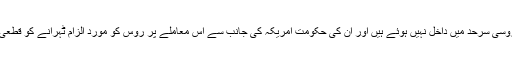
روسی وزیرِ خارجہ نے کہا کہ ایڈورڈ سنوڈن روسی سرحد میں داخل نہیں ہوئے ہیں اور ان کی حکومت امریکہ کی جانب سے اس معاملے پر روس کو موردِ الزام ٹہرانے کو قطعی طور پر بے بنیاد اور ناقابلِ قبول سمجھتی ہے۔